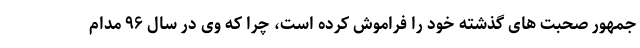
جمهور صحبت های گذشته خود را فراموش کرده است، چرا که وی در سال ۹۶ مدام